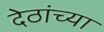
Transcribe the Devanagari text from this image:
देठांच्या